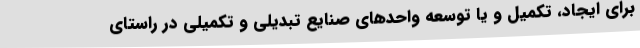
برای ایجاد، تکمیل و یا توسعه واحدهای صنایع تبدیلی و تکمیلی در راستای